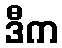
ဒီက